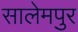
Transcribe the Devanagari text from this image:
सालेमपुर